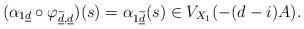
LaTeX: \begin{align*}(\alpha_{1 \underline{d}}\circ \varphi_{\widetilde{\underline{d}},\underline{d}})(s)=\alpha_{1 \widetilde{\underline{d}}}(s)\in V_{X_1}(-(d-i)A).\end{align*}